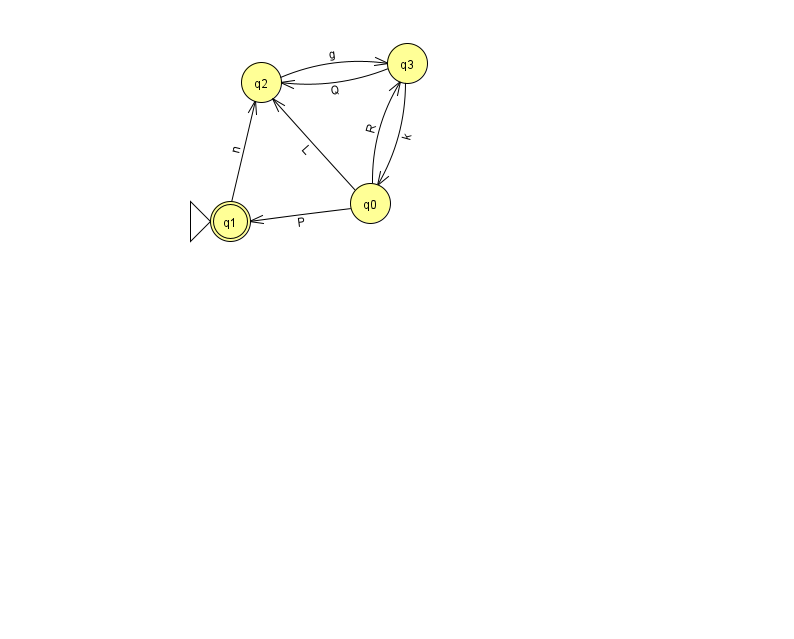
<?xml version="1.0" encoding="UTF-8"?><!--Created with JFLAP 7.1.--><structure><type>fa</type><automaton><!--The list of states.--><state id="0" name="q0"><x>370.0</x><y>190.0</y></state><state id="1" name="q1"><x>230.0</x><y>208.0</y><initial/><final/></state><state id="2" name="q2"><x>261.0</x><y>69.0</y></state><state id="3" name="q3"><x>407.0</x><y>50.0</y></state><!--The list of transitions.--><transition><from>1</from><to>2</to><read>n</read></transition><transition><from>0</from><to>3</to><read>R</read></transition><transition><from>2</from><to>3</to><read>g</read></transition><transition><from>3</from><to>2</to><read>Q</read></transition><transition><from>0</from><to>1</to><read>P</read></transition><transition><from>3</from><to>0</to><read>k</read></transition><transition><from>0</from><to>2</to><read>L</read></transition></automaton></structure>